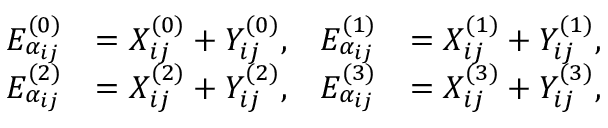
\begin{array} { r l r l } { E _ { \alpha _ { i j } } ^ { ( 0 ) } } & { = X _ { i j } ^ { ( 0 ) } + Y _ { i j } ^ { ( 0 ) } , } & { E _ { \alpha _ { i j } } ^ { ( 1 ) } } & { = X _ { i j } ^ { ( 1 ) } + Y _ { i j } ^ { ( 1 ) } , } \\ { E _ { \alpha _ { i j } } ^ { ( 2 ) } } & { = X _ { i j } ^ { ( 2 ) } + Y _ { i j } ^ { ( 2 ) } , } & { E _ { \alpha _ { i j } } ^ { ( 3 ) } } & { = X _ { i j } ^ { ( 3 ) } + Y _ { i j } ^ { ( 3 ) } , } \end{array}